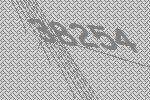
38254